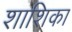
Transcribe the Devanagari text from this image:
शाशिका